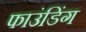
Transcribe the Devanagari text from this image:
फाउंडिंग